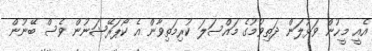
އެއީ މީހުން ވަޅުލަން ދަތިވުމުގެ މައްސަލަ ކުރިމަތިވާން އެ ކޯޕަރޭޝަނުން ވެސް ބޭނުން